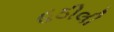
હઠીલી